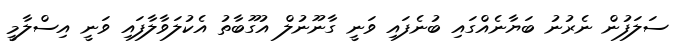
ސަލަފުން ނެރުނު ބަޔާނެއްގައި ބުނެފައި ވަނީ ގާނޫނުލް އުގޫބާތު އެކުލަވާލާފައި ވަނީ އިސްލާމީ